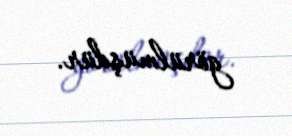
görülmüşdür.